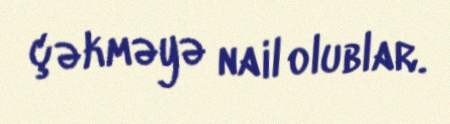
çəkməyə nail olublar.